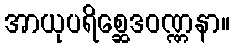
အာယုပရိစ္ဆေဒဝဏ္ဏနာ။